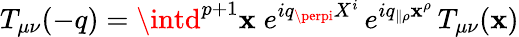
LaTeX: T_{\mu\nu}(-q)=\intd^{p+1}\mathbf{x}\; e^{iq_{\perpi}X^{i}}\, e^{iq_{\parallel\rho}\mathbf{x}^{\rho}}\, T_{\mu\nu}(\mathbf{x})